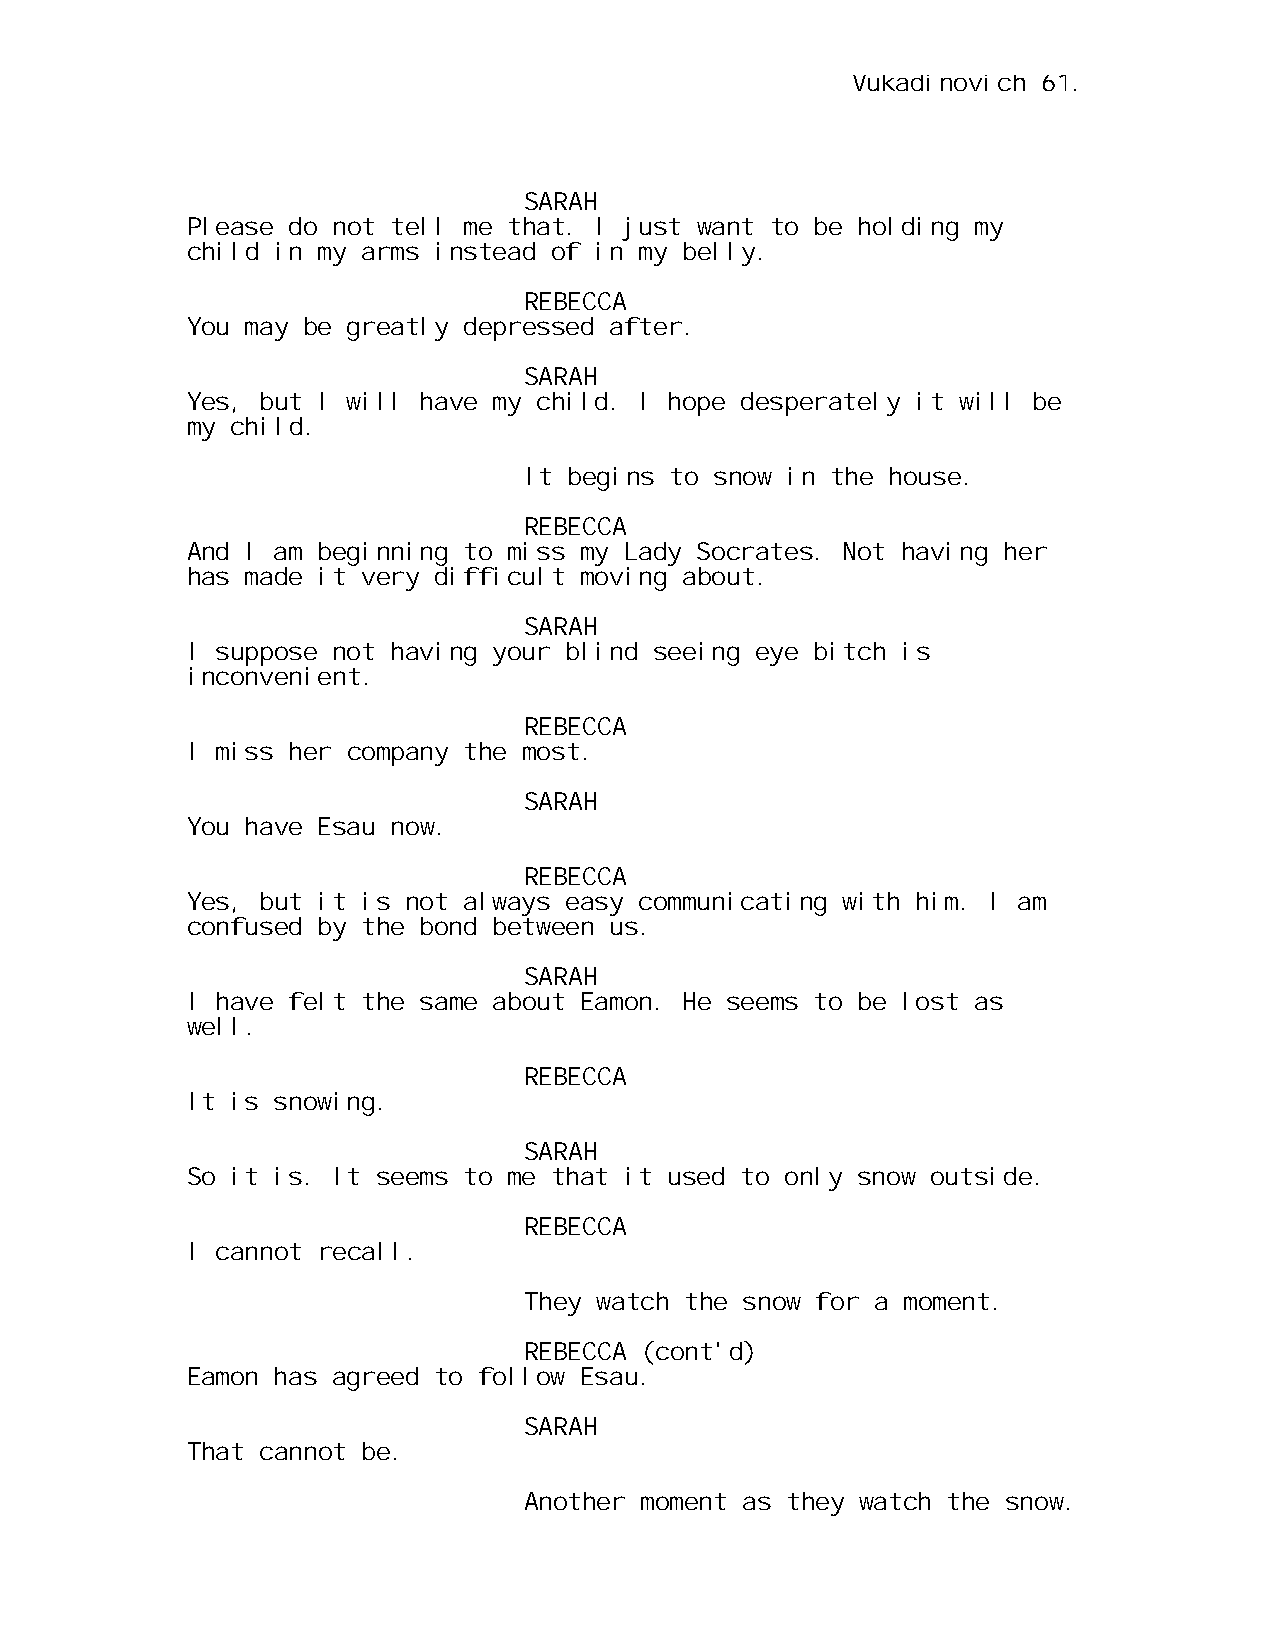
Vukadinovich 61.
 SARAH
 Please do not tell me that. I just want to be holding my
 child in my arms instead of in my belly.
 REBECCA
 You may be greatly depressed after.
 SARAH
 Yes, but I will have my child. I hope desperately it will be
 my child.
 It begins to snow in the house.
 REBECCA
 And I am beginning to miss my Lady Socrates. Not having her
 has made it very difficult moving about.
 SARAH
 I suppose not having your blind seeing eye bitch is
 inconvenient.
 REBECCA
 I miss her company the most.
 SARAH
 You have Esau now.
 REBECCA
 Yes, but it is not always easy communicating with him. I am
 confused by the bond between us.
 SARAH
 I have felt the same about Eamon. He seems to be lost as
 well.
 REBECCA
 It is snowing.
 SARAH
 So it is. It seems to me that it used to only snow outside.
 REBECCA
 I cannot recall.
 They watch the snow for a moment.
 REBECCA (cont'd)
 Eamon has agreed to follow Esau.
 SARAH
 That cannot be.
 Another moment as they watch the snow.